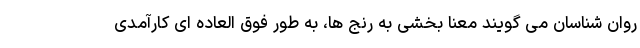
روان شناسان می گویند معنا بخشی به رنج ها، به طور فوق العاده ای کارآمدی